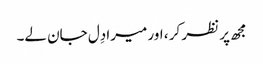
مجھ پر نظر کر ، اور میرا دِل جان لے۔